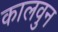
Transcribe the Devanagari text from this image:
कालवुन